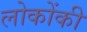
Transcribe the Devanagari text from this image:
लोकोंकी